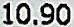
10.90